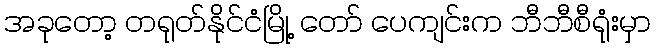
အခုတော့ တရုတ်နိုင်ငံမြို့ တော် ပေကျင်းက ဘီဘီစီရုံးမှာ